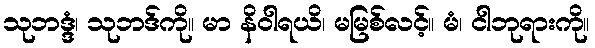
သုဘဒ္ဒံ၊ သုဘဒ်ကို။ မာ နိဝါရယိ၊ မမြစ်လင့်။ မံ၊ ငါဘုရားကို။